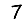
Digit: 7